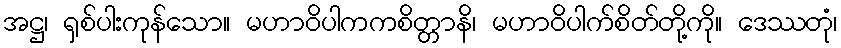
အဋ္ဌ၊ ရှစ်ပါးကုန်သော။ မဟာဝိပါကကစိတ္တာနိ၊ မဟာဝိပါက်စိတ်တို့ကို။ ဒေဿတုံ၊